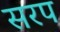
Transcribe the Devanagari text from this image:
सरप